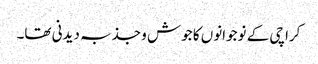
کراچی کے نوجوانوں کا جوش و جذبہ دیدنی تھا۔